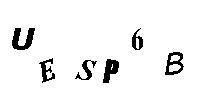
UESP6B